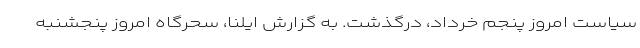
سیاست امروز پنجم خرداد، درگذشت. به گزارش ایلنا، سحرگاه امروز پنجشنبه